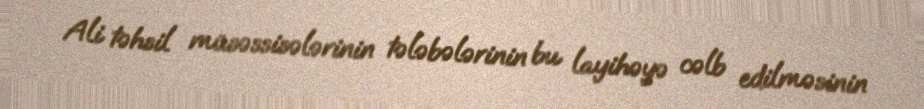
Ali təhsil müsəssisələrinin tələbələrinin bu layihəyə cəlb edilməsinin